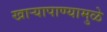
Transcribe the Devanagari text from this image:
खार्‍यापाण्यामुळे